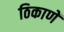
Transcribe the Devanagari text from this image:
ठिकाणें